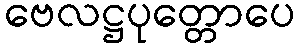
ဗေလဋ္ဌပုတ္တောပေ